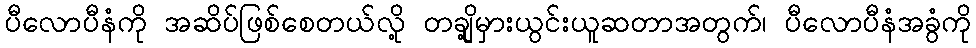
ပီလောပီနံကို အဆိပ်ဖြစ်စေတယ်လို့ တချို့မှားယွင်းယူဆတာအတွက်၊ ပီလောပီနံအခွံကို